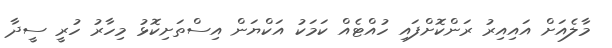
މާލެއަށް އައިއިރު ރަންކޮށްފައި ހުއްޓެއް ކަމަކު އަކްޔަން އިސްތަށިކޮޅު މިހާރު ހުރީ ސީދާ